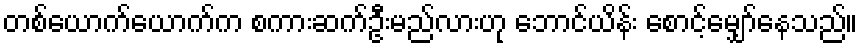
တစ်ယောက်ယောက်က စကားဆက်ဦးမည်လားဟု ဘောင်ယိန်း စောင့်မျှော်နေသည်။